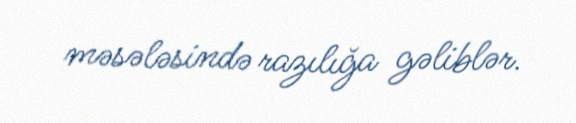
məsələsində razılığa gəliblər.